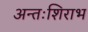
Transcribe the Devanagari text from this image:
अन्तःशिराभ